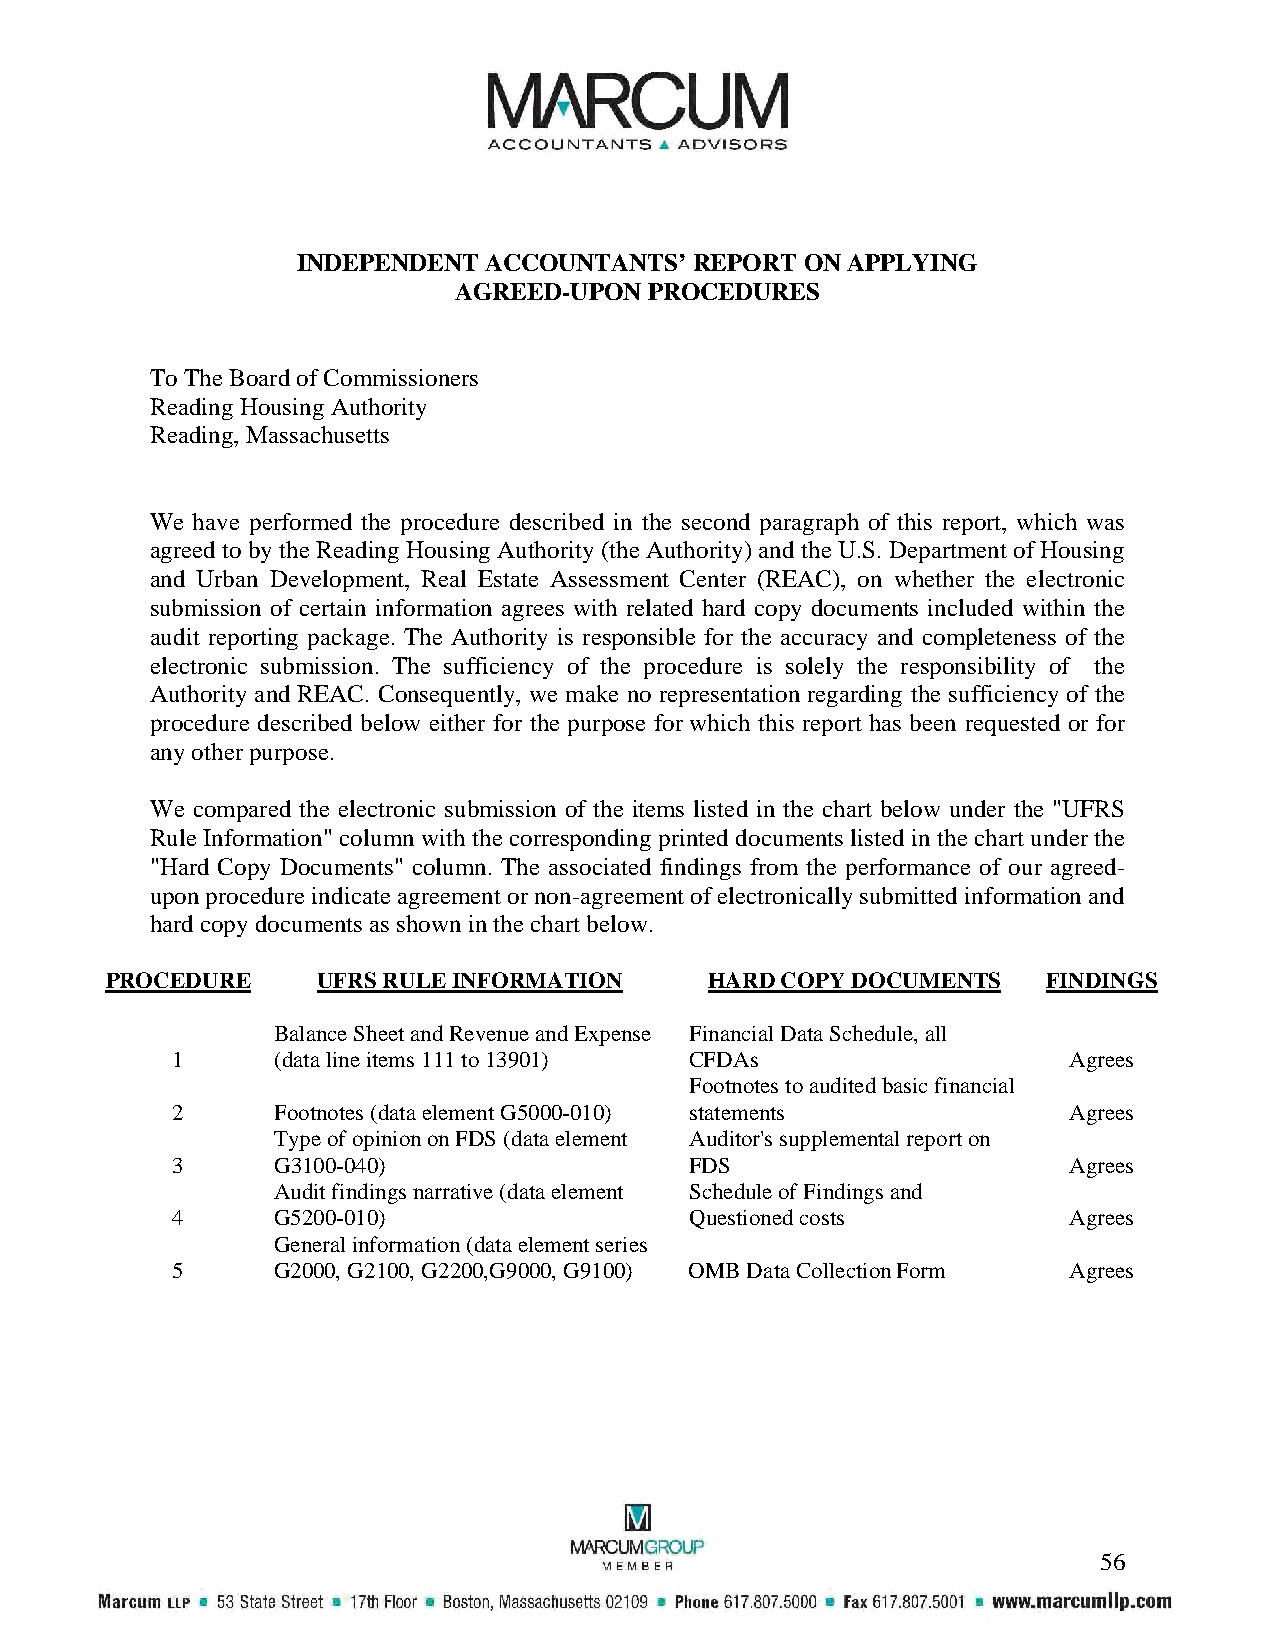
INDEPENDENT ACCOUNTANTS’  REPORT ON APPLYING
 AGREED-UPON  PROCEDURES
 To The Board of Commissioners
 Reading Housing Authority
 Reading, Massachusetts
 We have performed the procedure described in the second paragraph of this report, which was
 agreed to by the Reading Housing Authority (the Authority) and the U.S. Department of Housing
 and Urban Development, Real Estate Assessment Center (REAC), on whether the electronic
 submission of certain information agrees with related hard copy documents included within the
 audit reporting package. The Authority is responsible for the accuracy and completeness of the
 electronic submission. The sufficiency of the procedure is solely the responsibility of the
 Authority and REAC. Consequently, we make no representation regarding the sufficiency of the
 procedure described below either for the purpose for which this report has been requested or for
 any other purpose.
 We compared the electronic submission of the items listed in the chart below under the "UFRS
 Rule Information" column with the corresponding printed documents listed in the chart under the
 "Hard Copy Documents" column. The associated findings from the performance of our agreed-
 upon procedure indicate agreement or non-agreement of electronically submitted information and
 hard copy documents as shown in the chart below.
 PROCEDURE     UFRS RULE INFORMATION     HARD COPY DOCUMENTS   FINDINGS
 -
 Balance Sheet and Revenue and Expense Financial Data Schedule, all
 1      (data line items 111 to 13901) CFDAs                 Agrees
 Footnotes to audited basic financial
 2      Footnotes (data element G5000-010) statements        Agrees
 Type of opinion on FDS (data element Auditor's supplemental report on
 3      G3100-040)                  FDS                      Agrees
 Audit findings narrative (data element Schedule of Findings and
 4      G5200-010)                  Questioned costs         Agrees
 General information (data element series
 5      G2000, G2100, G2200,G9000, G9100) OMB Data Collection Form Agrees
 56